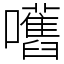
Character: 嚿